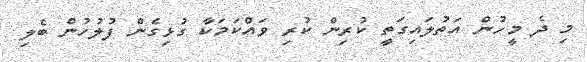
މި ދެ މީހުން އަތުލައިގަތީ ކުރިން ކުރި ވައްކަމަކާ ގުޅިގެން ފުލުހުން ބެލި